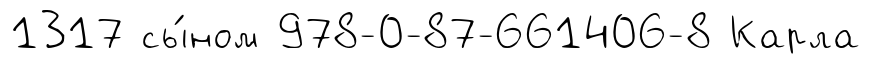
1317 сы́ном 978-0-87-661406-8 Карла